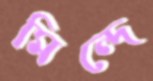
মিন্দে